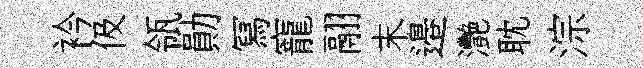
衿伋瓴勛冩寵翮末邉灧耽淙